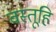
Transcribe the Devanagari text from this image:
वस्तूहि